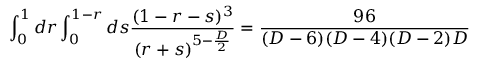
\int _ { 0 } ^ { 1 } d r \int _ { 0 } ^ { 1 - r } d s \frac { ( 1 - r - s ) ^ { 3 } } { ( r + s ) ^ { 5 - \frac { D } { 2 } } } = \frac { 9 6 } { ( D - 6 ) ( D - 4 ) ( D - 2 ) D }